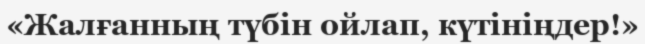
«Жалғанның түбін ойлап, күтініңдер!»